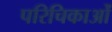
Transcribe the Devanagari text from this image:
परिचिकाओं